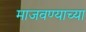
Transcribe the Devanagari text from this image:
माजवण्याच्या